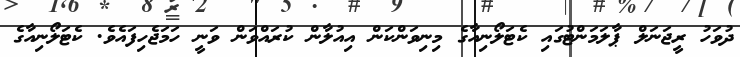
ދުވަހު ރީޖަނަލް ޕާލަމަންޓުގައި ކެޓަލޯނިއާގެ މިނިވަންކަން އިއުލާން ކުރައްވަން ވަނީ ހަމަޖެހިފައެވެ. ކެޓަލޯނިއާގެ